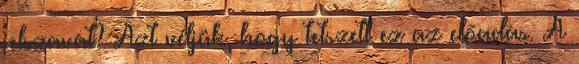
jelszavát? Azt véljük, hogy tetszett ez az előadás. A